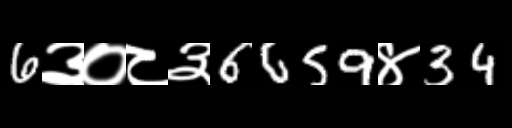
Text: 6३०८३6659४34